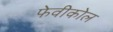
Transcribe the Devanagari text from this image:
फेवीकोल